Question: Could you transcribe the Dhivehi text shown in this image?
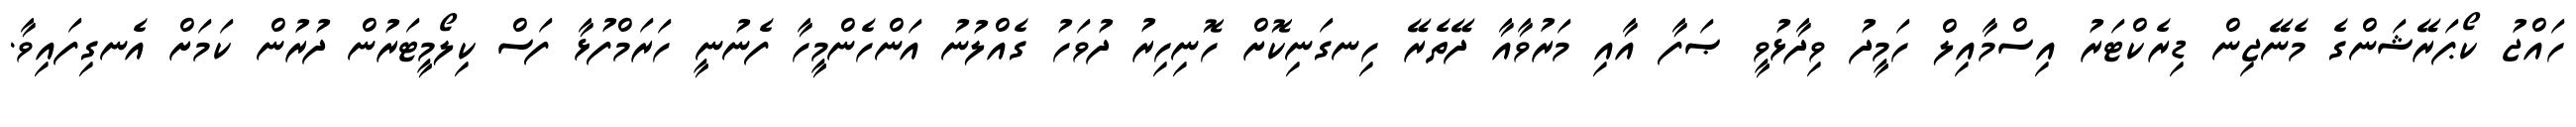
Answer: ހައްޖު ކޯޕަރޭޝަންގެ މެނޭޖިން ޑިރެކްޓަރު އިސްމާއިލް ހަމީދު ވިދާޅުވީ ޞަފާ އާއި މަރުވާއާ ދޭތެރޭ ހިނގަނިކޮށް ހޮނިހިރު ދުވަހު ގެއްލުނު އަންހެންމީހާ ފެނުނީ ހަރަމްފުޅާ ފަސް ކިލޯމީޓަރުން ދުރުން ކަމަށް އެނގިފައިވާ.